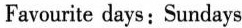
Favourite days: Sundays